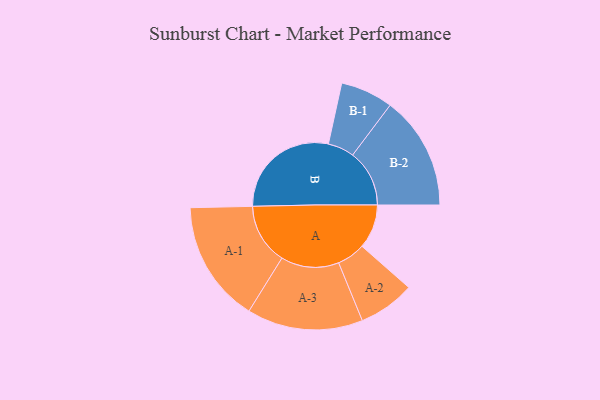
{"axis": {"x": "Segment", "y": "Value"}, "legend": ["", "A", "B"], "data": [{"x": "A", "y": 183, "type": ""}, {"x": "B", "y": 459, "type": ""}, {"x": "A-1", "y": 252, "type": "A"}, {"x": "A-2", "y": 117, "type": "A"}, {"x": "A-3", "y": 240, "type": "A"}, {"x": "B-1", "y": 109, "type": "B"}, {"x": "B-2", "y": 235, "type": "B"}]}